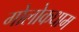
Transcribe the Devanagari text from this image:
गोलोकधाम